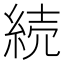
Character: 続